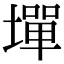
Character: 墠